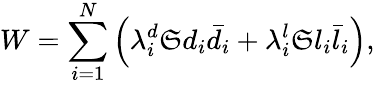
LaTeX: W=\sum_{i=1}^{N}\left(\lambda_{i}^{d}\mathfrak{S}d_{i}\bar{{d}}_{i}+\lambda_{i}^{l}\mathfrak{S}l_{i}\bar{{l}}_{i}\right),